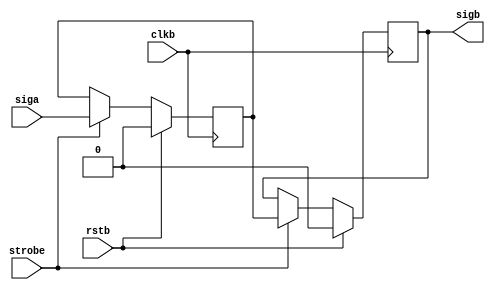
// This program was cloned from: https://github.com/n1gp/Anvelina_PROIII
// License: GNU General Public License v3.0

// cdc_sync_strobe

// tansfer data between clock domain on strobe signal 



`timescale 1 ns/100 ps

module cdc_sync_strobe #(parameter SIZE = 1)
  (input  wire [SIZE-1:0] siga,
   input  wire            rstb, clkb, strobe,
   output reg  [SIZE-1:0] sigb);
	
reg [SIZE-1:0] q1;	
	
always @(posedge clkb)
begin
  if (rstb)
    {sigb,q1} <= 2'b00;
  else if (strobe)
    {sigb,q1} <= {q1,siga};
end

endmodule